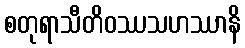
စတုရာသီတိဝဿသဟဿာနိ